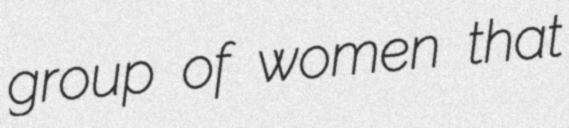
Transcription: group of women that